Indian journal of veterinary science and animal husbandry - Volumes 15-17, 1948-1951
Year: 1948
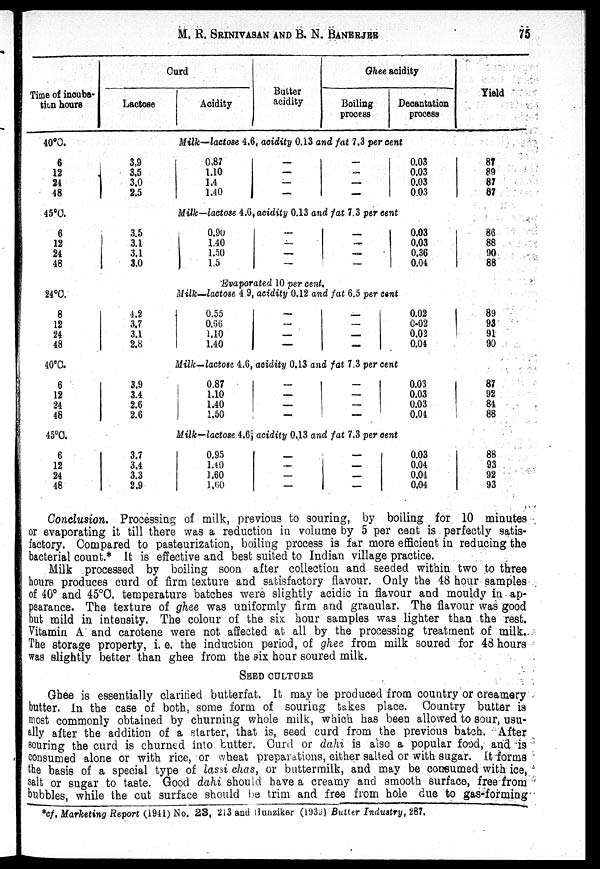
M. R. SRINIVASAN AND B. N. BANERJEE 75
Time of incuba-
tion hours
40°C.
6
12
24
48
45°C.
6
12
24
48
24°C.
8
12
24
48
40°C.
6
12
24
48
45°C.
6
12
24
48
Curd
Lactose
Acidity
Butter
acidity
Ghee acidity
Boiling
process
Decantation
process
Yield
Milk—lactose 4.6, acidity 0.13 and fat 7.3 per cent
3.9
3.5
3.0
2.5
0.87
1.10
1.4
1.40
—
—
—
—
—
—
—
—
0.03
0.03
0.03
0.03
87
89
87
87
Milk—lactose 4.6, acidity 0.13 and fat 7.3 per cent
3.5
3.1
3.1
3.0
0.90
1.40
1.50
1.5
—
—
—
—
—
—
—
0.03
0.03
0.36
0.04
86
88
90
88
Evaporated 10 per cent.
Milk—lactose 4 9, acidity 0.12 and fat 6.5 per cent
4.2
3.7
3.1
2.8
0.55
0.66
1.10
1.40
—
—
—
—
—
—
—
—
0.02
0.02
0.02
0.04
89
93
91
90
Milk—lactose 4.6, acidity 0.13 and fat 7.3 per cent
3.9
3.4
2.6
2.6
0.87
1.10
1.40
1.50
—
—
—
—
—
—
—
—
0.03
0.03
0.03
0.04
87
92
84
88
Milk—lactose 4.6, acidity 0.13 and fat 7.3 per cent
3.7
3.4
3.3
2.9
0.95
1.40
1.60
1.60
—
—
—
—
—
—
—
—
0.03
0.04
0.04
0.04
88
93
92
93
Conclusion. Processing of milk, previous to souring, by boiling for 10 minutes
or evaporating it till there was a reduction in volume by 5 per cent is perfectly satis-
factory. Compared to pasteurization, boiling process is far more efficient in reducing the
bacterial count.* It is effective and best suited to Indian village practice.
Milk processed by boiling soon after collection and seeded within two to three
hours produces curd of firm texture and satisfactory flavour. Only the 48 hour samples
of 40° and 45°0. temperature batches were slightly acidic in flavour and mouldy in ap-
pearance. The texture of ghee was uniformly firm and granular. The flavour was good
but mild in intensity. The colour of the six hour samples was lighter than the rest.
Vitamin A and carotene were not affected at all by the processing treatment of milk.
The storage property, i. e. the induction period, of ghee from milk soured for 48 hours
was slightly better than ghee from the six hour soured milk.
SEED CULTURE
Ghee is essentially clarified butterfat. It may be produced from country or creamery
butter. In the case of both, some form of souring takes place. Country butter is
most commonly obtained by churning whole milk, which has been allowed to sour, usu-
ally after the addition of a starter, that is, seed curd from the previous batch. After
souring the curd is churned into butter. Curd or dahi is also a popular food, and is
consumed alone or with rice, or wheat preparations, either salted or with sugar. It forms
the basis of a special type of lassi chas, or buttermilk, and may be consumed with ice,
salt or sugar to taste. Good dahi should have a creamy and smooth surface, free from
bubbles, while the cut surface should be trim and free from hole due to gas-forming
*cf. Marketing Report (1941) No. 23, 213 and Hunziker (1933) Butter Industry, 287.